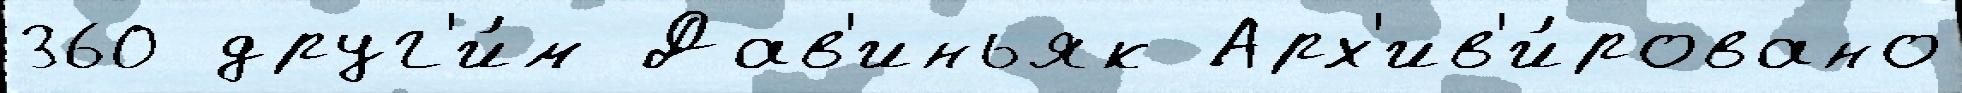
360 друг'и́м Дав'иньяк Арх'ив'и́ровано